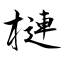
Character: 槤